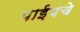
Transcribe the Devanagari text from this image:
पाईपचे